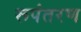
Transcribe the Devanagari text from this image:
रूपंतरण